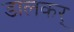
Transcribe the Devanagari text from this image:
डालकर्